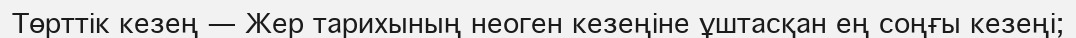
Төрттік кезең — Жер тарихының неоген кезеңіне ұштасқан ең соңғы кезеңі;